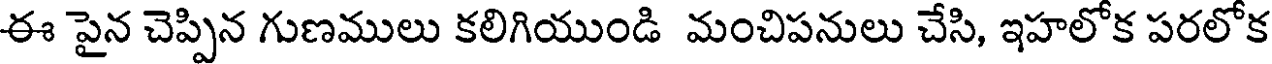
ఈ పైన చెప్పిన గుణములు కలిగియుండి మంచిపనులు చేసి, ఇహలోక పరలోక